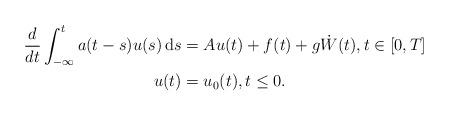
LaTeX: \begin{align*} \begin{aligned} \frac{d}{dt} \int_{-\infty}^t a(t-s)u(s) \, {\rm d}s &= A u(t) + f(t)+ g\dot W(t), t \in [0,T] \\ u(t) &= u_0(t), t \le 0. \end{aligned} \end{align*}